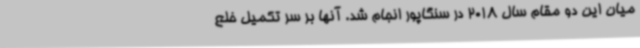
میان این دو مقام سال 2018 در سنگاپور انجام شد. آنها بر سر تکمیل خلع